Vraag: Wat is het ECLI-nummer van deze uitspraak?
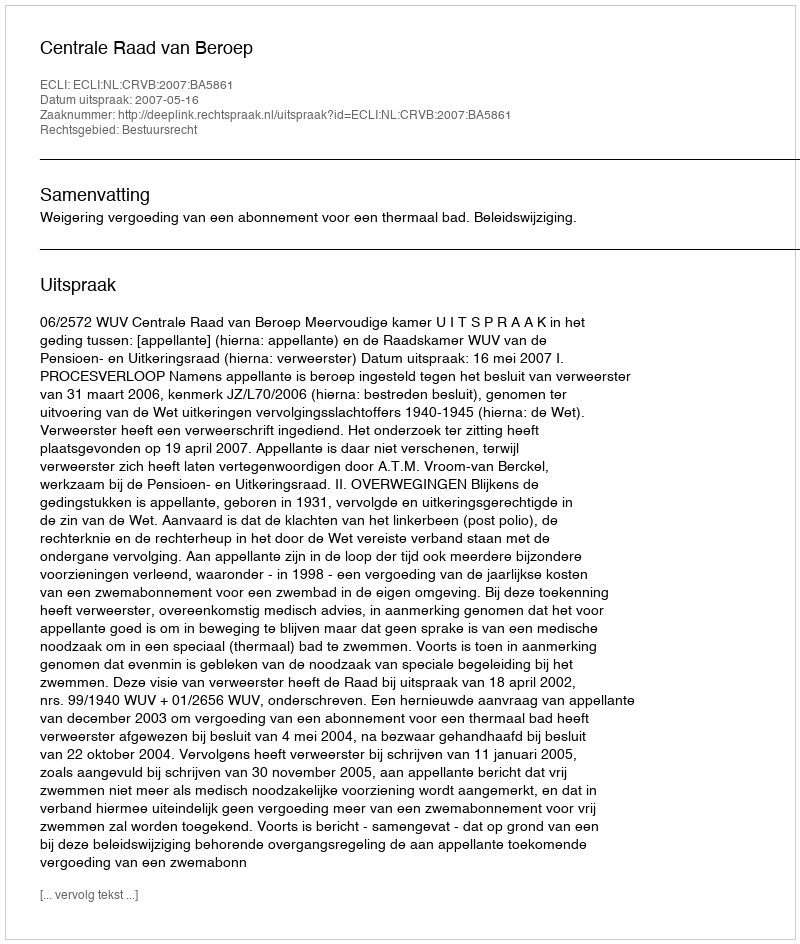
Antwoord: ECLI:NL:CRVB:2007:BA5861